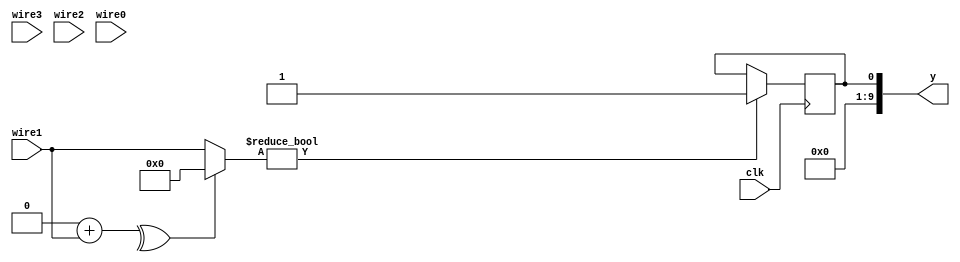
module top  (y, clk, wire3, wire2, wire1, wire0);
  output wire [(32'h9):(32'h0)] y;
  input wire [(1'h0):(1'h0)] clk;
  input wire [(2'h2):(1'h0)] wire3;
  input wire [(3'h5):(1'h0)] wire2;
  input wire signed [(3'h5):(1'h0)] wire1;
  input wire [(3'h5):(1'h0)] wire0;

  reg forvar7 = (1'h0);
  reg forvar5 = (1'h0);
  
  assign y = {forvar7};
  always
    @(posedge clk) begin
      for (forvar5 = (1'h0); (forvar5 < (1'h1)); forvar5 = (forvar5 + (1'h1)))
        begin
          if (((^(forvar5 + wire1)) ? $unsigned((&forvar5)) : wire1))
            begin

                  for (forvar7 = (1'h0); (forvar7 < (1'h1)); forvar7 = (forvar7 + (1'h1)))
                    begin
                    end
            end
        end
    end
endmodule